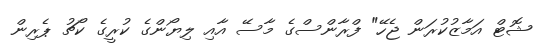
ޝޮޓް އަމާޒުކުރަން ޖެހޭ" ފްރާންސްގެ މާސޭ އާއި ލިޔޯންގެ ކުރީގެ ކޯޗު ޕެރިން